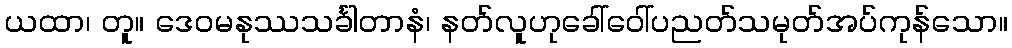
ယထာ၊ တူ။ ဒေဝမနုဿသင်္ခါတာနံ၊ နတ်လူဟုခေါ်ဝေါ်ပညတ်သမုတ်အပ်ကုန်သော။